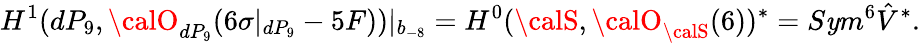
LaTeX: H^{1}(dP_{9},{\calO}_{dP_{9}}(6\sigma|_{dP_{9}}-5F))|_{b_{-8}}=H^{0}({\calS},{\calO}_{{\calS}}(6))^{*}=S\mathit{y}m^{6}\hat{{V}}^{*}.